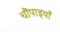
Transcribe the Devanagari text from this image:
चौंपाइयाँ